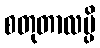
စတုတာလမ္ပိ